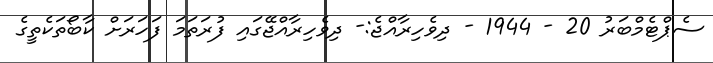
ސެޕްޓެމްބަރު 20 - 1944 - ދިވެހިރާއްޖެ:- ދިވެހިރާއްޖޭގައި ފުރަތަމަ ފަހަރަށް ކާބޯތަކެތީގެ